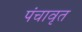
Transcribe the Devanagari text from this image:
पंचावृत